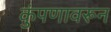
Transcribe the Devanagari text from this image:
कुंपणावरून